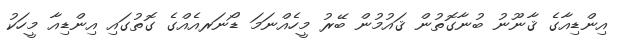
އިންޑިއާގެ ޤާނޫނު ބުނާގޮތުން ޤައުމުން ބޭރު މީހެއްނަމަ ޑޯނަރއެއްގެ ގޮތުގައި އިންޑިއާ މީހަކު